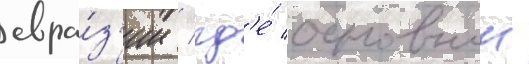
евра́з'ии / гд'е́ основнои